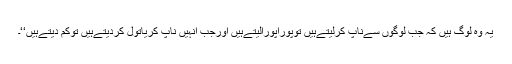
یہ وہ لوگ ہیں کہ جب لوگوں سےناپ کرلیتےہیں توپوراپورالیتےہیں اورجب اُنہیں ناپ کریاتول کردیتےہیں توکم دیتےہیں‘‘۔